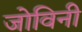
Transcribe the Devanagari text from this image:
जोविनी